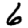
Digit: 6